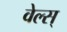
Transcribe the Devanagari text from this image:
वेल्स्